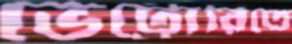
ভেট্টোরিতে